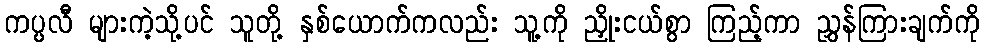
ကပ္ပလီ များကဲ့သို့ပင် သူတို့ နှစ်ယောက်ကလည်း သူ့ကို ညှိုးငယ်စွာ ကြည့်ကာ ညွှန်ကြားချက်ကို